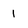
Character: 1